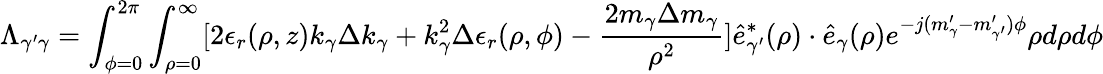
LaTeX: \Lambda_{\gamma^{\prime}\gamma}=\int_{\phi=0}^{2\pi}\int_{\rho=0}^{\infty}[2\epsilon_{r}(\rho,z)k_{\gamma}\Delta k_{\gamma}+k_{\gamma}^{2}\Delta\epsilon_{r}(\rho,\phi)-\frac{2m_{\gamma}\Delta m_{\gamma}}{\rho^{2}}]\hat{e}_{\gamma^{\prime}}^{*}(\rho)\cdot\hat{e}_{\gamma}(\rho)e^{-j(m_{\gamma}^{\prime}-m_{\gamma^{\prime}}^{\prime})\phi}\rho d\rho d\phi